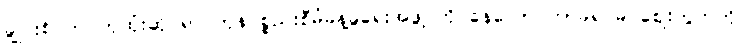
ချွိုင်းစ် က ကုထုံးဆိုင်ရာ ကုန်ပစ္စည်းစီမံခန့်ခွဲရေးအဖွဲ့ ကို နေလောင်ကာခရင်မ် ဈေးကွက်ကို